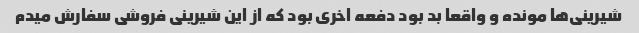
شیرینی‌ها مونده و واقعا بد بود دفعه اخری بود که از این شیرینی فروشی سفارش میدم